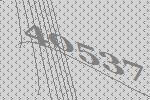
40537